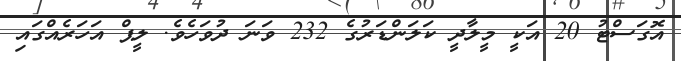
އޮގަސްޓު 20 އަކީ މީލާދީ ކަލަންޑަރުގެ 232 ވަނަ ދުވަހެވެ. ލީޕް އަހަރެއްގައި